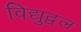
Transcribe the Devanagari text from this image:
विद्युद्वल